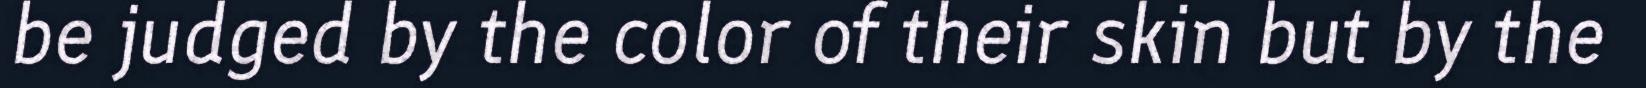
be judged by the color of their skin but by the